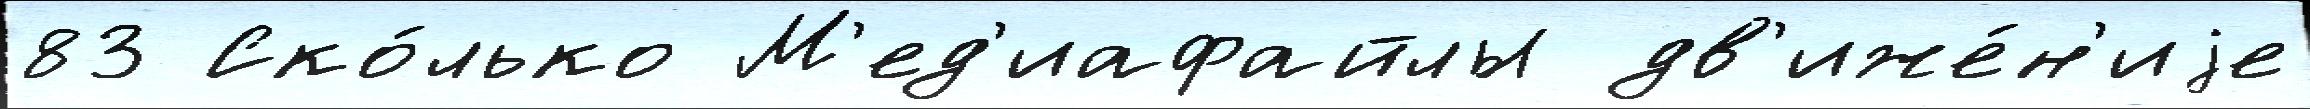
83 Ско́лько М'ед'иафайлы дв'иже́н'иjе